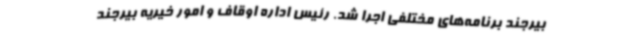
بیرجند برنامه‌های مختلفی اجرا شد. رئیس اداره اوقاف و امور خیریه بیرجند